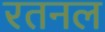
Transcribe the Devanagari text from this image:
रतनल